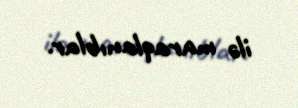
ilə maraqlanıblar.